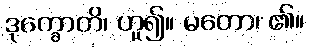
ဒုက္ခောတိ၊ ဟူ၍။ မတော၊ ၏။